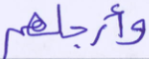
وأرجلهم